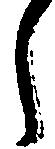
之